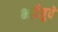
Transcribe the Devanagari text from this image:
भईजुवे